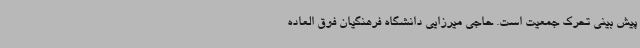
پیش بینی تحرک جمعیت است. حاجی میرزایی دانشگاه فرهنگیان فوق العاده